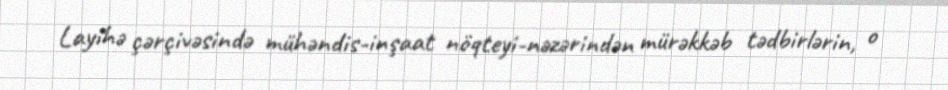
Layihə çərçivəsində mühəndis-inşaat nöqteyi-nəzərindən mürəkkəb tədbirlərin, o